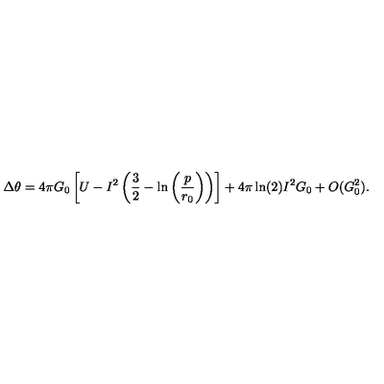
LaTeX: \Delta \theta = 4 \pi G _ { 0 } \left[ U - I ^ { 2 } \left( \frac { 3 } { 2 } - \ln \left( \frac { p } { r _ { 0 } } \right) \right) \right] + 4 \pi \ln ( 2 ) I ^ { 2 } G _ { 0 } + O ( G _ { 0 } ^ { 2 } ) .